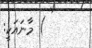
) މާނައަކީ: